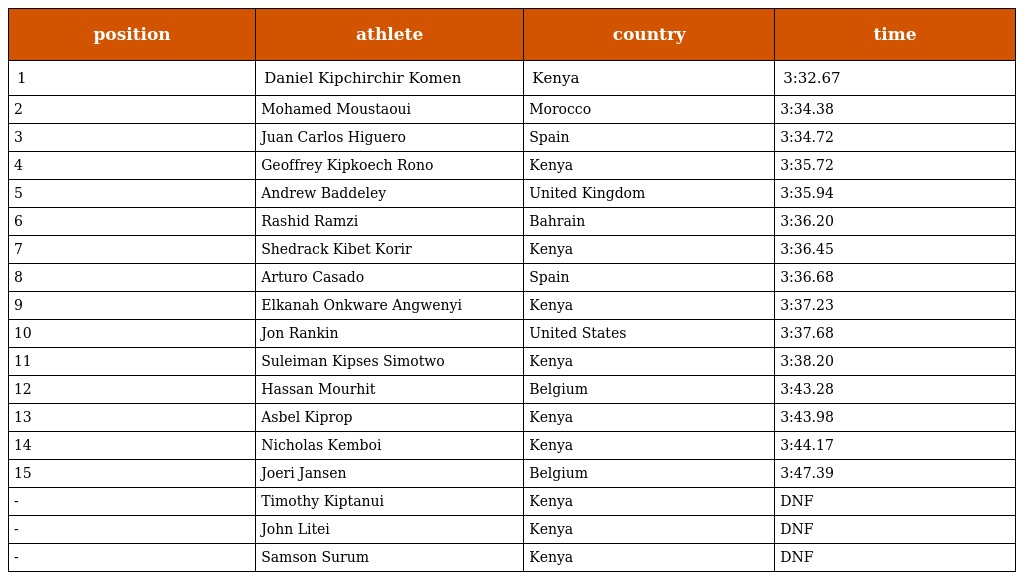
| position | athlete | country | time |
 | --- | --- | --- | --- |
 | 1 | Daniel Kipchirchir Komen | Kenya | 3:32.67 |
 | 2 | Mohamed Moustaoui | Morocco | 3:34.38 |
 | 3 | Juan Carlos Higuero | Spain | 3:34.72 |
 | 4 | Geoffrey Kipkoech Rono | Kenya | 3:35.72 |
 | 5 | Andrew Baddeley | United Kingdom | 3:35.94 |
 | 6 | Rashid Ramzi | Bahrain | 3:36.20 |
 | 7 | Shedrack Kibet Korir | Kenya | 3:36.45 |
 | 8 | Arturo Casado | Spain | 3:36.68 |
 | 9 | Elkanah Onkware Angwenyi | Kenya | 3:37.23 |
 | 10 | Jon Rankin | United States | 3:37.68 |
 | 11 | Suleiman Kipses Simotwo | Kenya | 3:38.20 |
 | 12 | Hassan Mourhit | Belgium | 3:43.28 |
 | 13 | Asbel Kiprop | Kenya | 3:43.98 |
 | 14 | Nicholas Kemboi | Kenya | 3:44.17 |
 | 15 | Joeri Jansen | Belgium | 3:47.39 |
 | - | Timothy Kiptanui | Kenya | DNF |
 | - | John Litei | Kenya | DNF |
 | - | Samson Surum | Kenya | DNF |